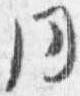
同